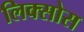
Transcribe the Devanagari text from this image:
लिक्सोस